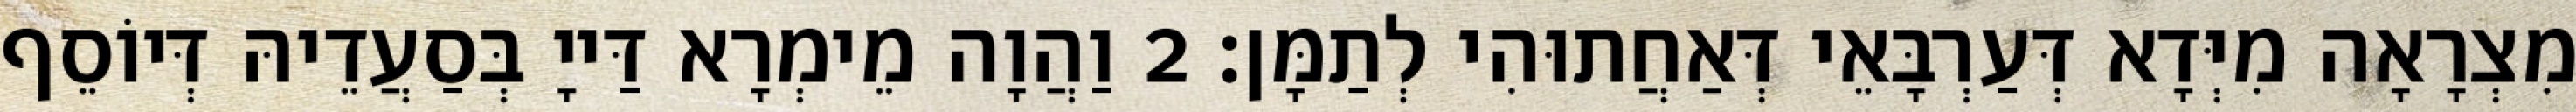
מִצְרָאָה מִיְּדָא דְּעַרְבָּאֵי דְּאַחֲתוּהִי לְתַמָּן׃ 2 וַהֲוָה מֵימְרָא דַּייָ בְּסַעֲדֵיהּ דְּיוֹסֵף